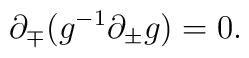
{\partial}_{\mp}(g^{-1}{\partial}_{\pm}g)=0.